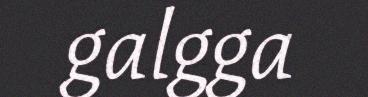
galgga